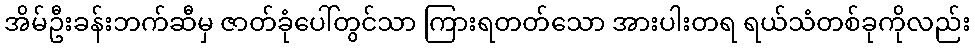
အိမ်ဦးခန်းဘက်ဆီမှ ဇာတ်ခုံပေါ်တွင်သာ ကြားရတတ်သော အားပါးတရ ရယ်သံတစ်ခုကိုလည်း